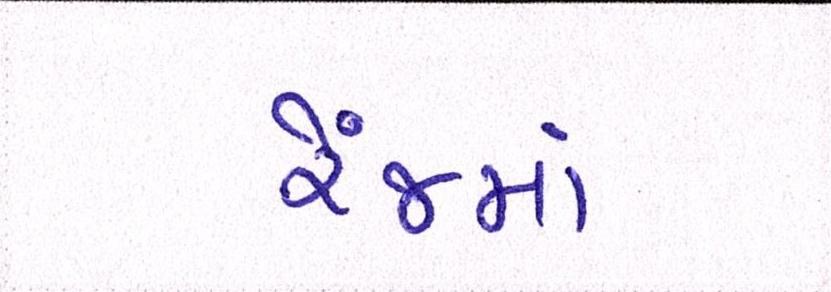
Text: રેંજમાં